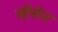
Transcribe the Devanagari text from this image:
जौ़सेन